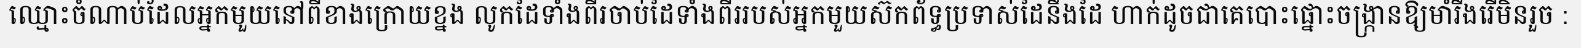
ឈ្មោះចំណាប់ដែលអ្នកមួយនៅពីខាងក្រោយខ្នង លូកដៃទាំងពីរចាប់ដៃទាំងពីររបស់អ្នកមួយស៊កព័ទ្ធប្រទាស់ដៃនឹងដៃ ហាក់ដូចជាគេបោះផ្នោះចង្ក្រានឱ្យមាំរឹងរើមិនរួច :